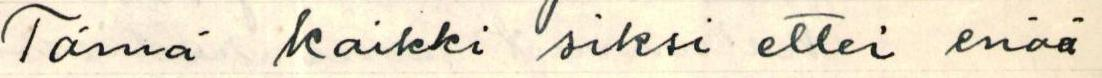
Tämä kaikki siksi ettei enää